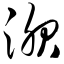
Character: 淝